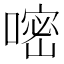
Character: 嘧